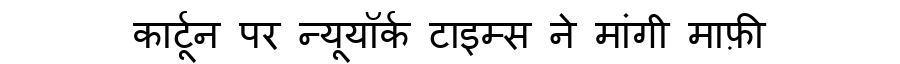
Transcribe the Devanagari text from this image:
कार्टून पर न्यूयॉर्क टाइम्स ने मांगी माफ़ी